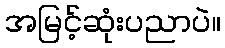
အမြင့်ဆုံးပညာပဲ။